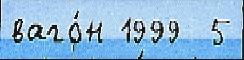
ваго́н 1999  5